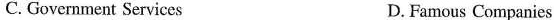
C. Government Services D. Famous Companies